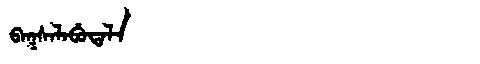
Manchu: ᠪᠠᡴᠰᠠᠯᠠᠪᡠᡨᠠᠯᠠ
Romanization: BAKSALABUTALA